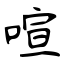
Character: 喧